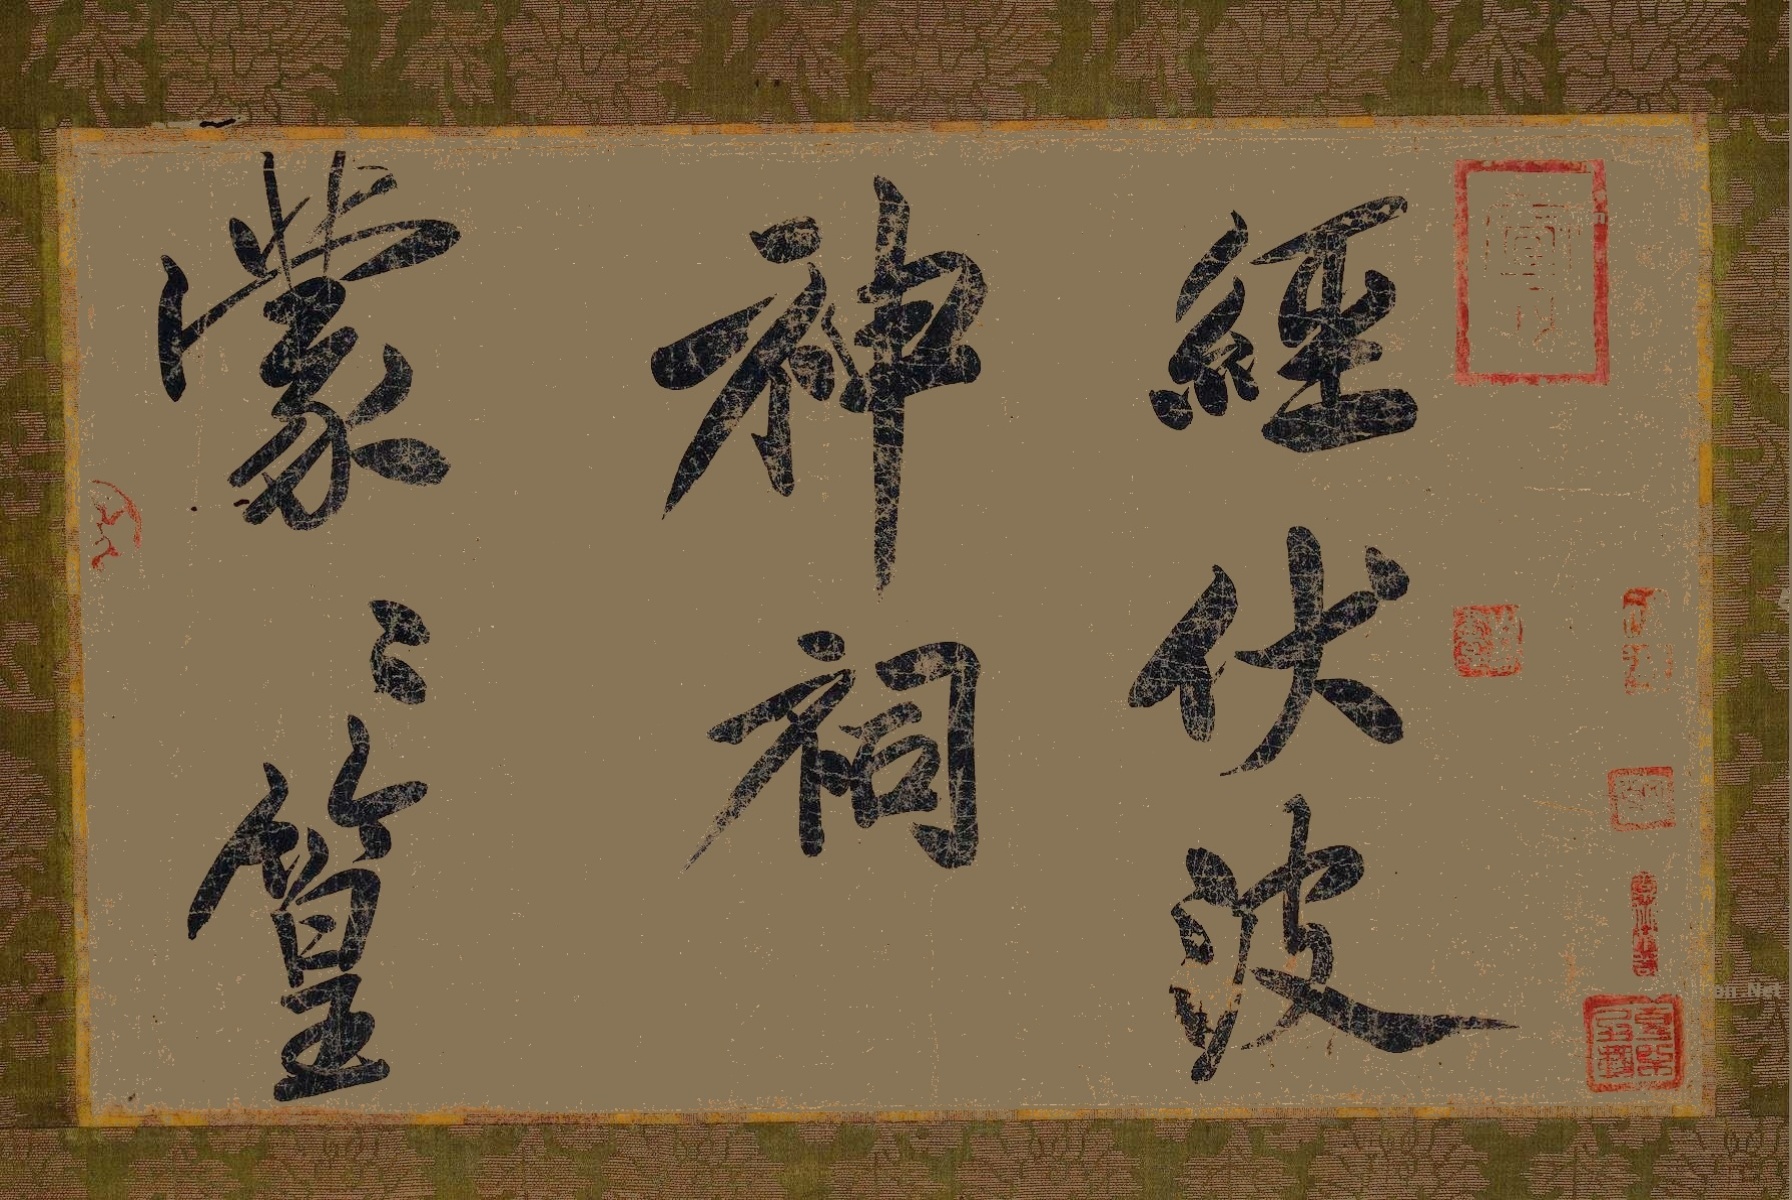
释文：经伏波神祠，蒙蒙篁。